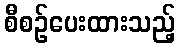
စီစဉ်ပေးထားသည့်